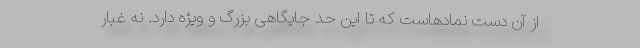
از آن دست نمادهاست که تا این حد جایگاهی بزرگ و ویژه دارد. نه غبار